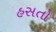
હસતો